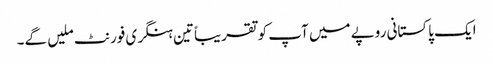
ایک پاکستانی روپے میں آپ کو تقریباًتین ہنگری فورنٹ ملیں گے۔